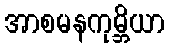
အာစမနကုမ္ဘိယာ